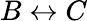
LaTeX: B\leftrightarrow C